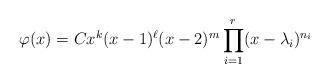
LaTeX: \begin{align*} \varphi(x) = C x^k (x - 1)^\ell (x - 2)^m \prod\limits_{i=1}^r (x - \lambda_i)^{n_i}\end{align*}